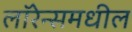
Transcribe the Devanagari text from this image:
लॉरेन्समधील